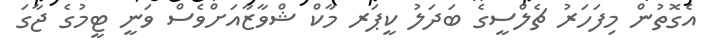
އެގޮތުން މިފަހަރު ޗެލްސީގެ ބަދަލު ކީޕަރ މާކް ޝްވާޒާއަށްވެސް ވަނީ ޓީމުގެ ޖާގަ